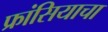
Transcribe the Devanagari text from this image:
फ्रांसियाचा